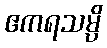
ဧကရသမ္ပိ